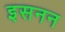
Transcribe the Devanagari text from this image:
इसनन